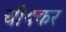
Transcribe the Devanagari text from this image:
चींथकर